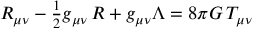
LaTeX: \textstyle R _ { \mu \nu } - { \frac { 1 } { 2 } } g _ { \mu \nu } \, R + g _ { \mu \nu } \Lambda = 8 \pi G \, T _ { \mu \nu }